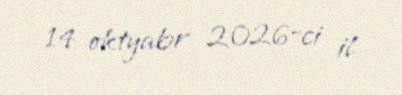
14 oktyabr 2026-ci il